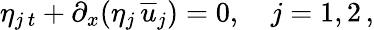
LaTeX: \eta_{j\, t}+\partial_{x}(\eta_{j}\, {\overline{{u}}}_{j})=0,\quad j=1,2\, ,